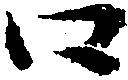
口